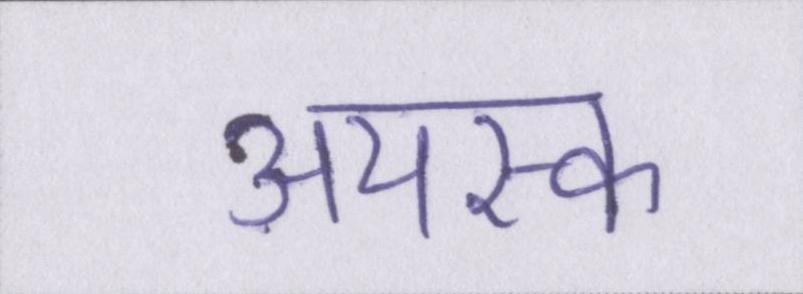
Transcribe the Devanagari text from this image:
अयस्क